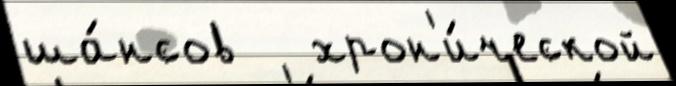
ша́нсов   хрон'и́ческой